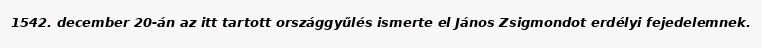
1542. december 20-án az itt tartott országgyűlés ismerte el János Zsigmondot erdélyi fejedelemnek.